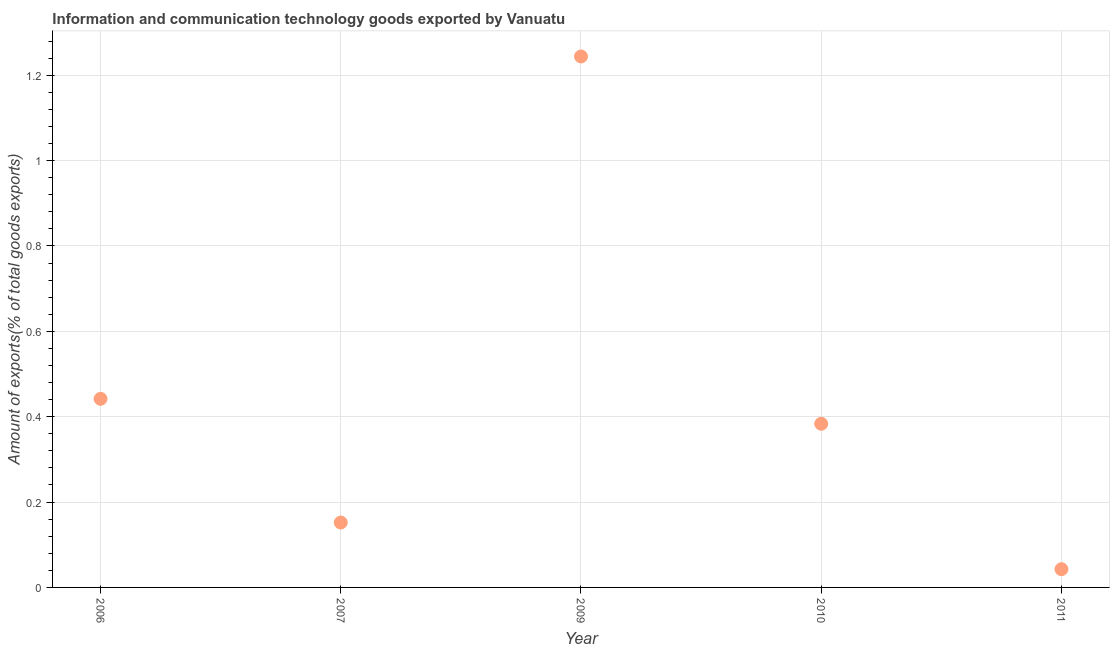
| Year | ICT goods exports |
 | --- | --- |
 | 2006 | 0.442 |
 | 2007 | 0.152 |
 | 2009 | 1.24 |
 | 2010 | 0.383 |
 | 2011 | 0.0427 |